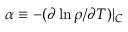
\alpha \equiv - ( \partial \ln \rho / \partial T ) | _ { C }